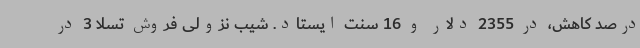
درصد کاهش، در 2355 دلار و 16 سنت ایستاد. شیب نزولی فروش تسلا 3 در